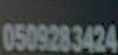
0509283424